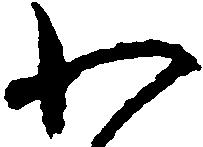
わ